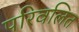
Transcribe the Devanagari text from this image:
परिवलित